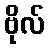
ဗိုလ်